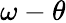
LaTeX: \omega-\theta